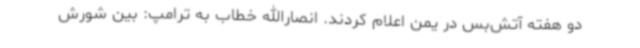
دو هفته آتش‌بس در یمن اعلام کردند. انصارالله خطاب به ترامپ: بین شورش